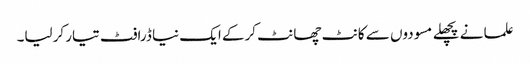
علما نے پچھلے مسودوں سے کانٹ چھانٹ کرکے ایک نیا ڈرافٹ تیار کرلیا۔